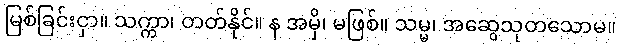
မြစ်ခြင်းငှာ။ သက္ကာ၊ တတ်နိုင်။ န အမှိ၊ မဖြစ်။ သမ္မ၊ အဆွေသုတသောမ။